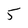
Character: 5